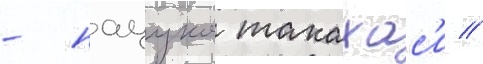
- нацуко такахас'и //